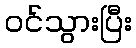
ဝင်သွားပြီး